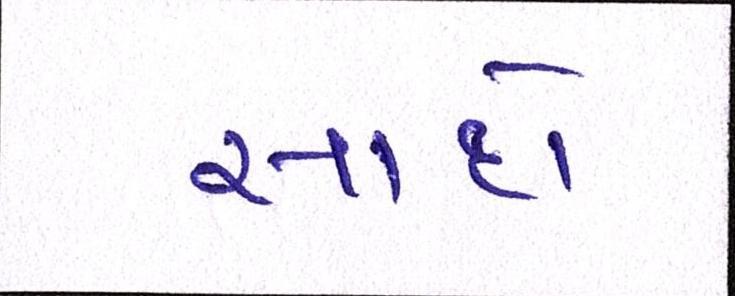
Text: સાદો